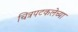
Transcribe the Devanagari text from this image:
चित्रपटकलेच्या